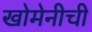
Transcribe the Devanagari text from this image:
खोमेनीची